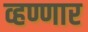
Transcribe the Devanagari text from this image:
व्हण्णार